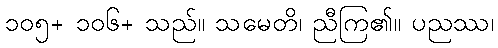
၁၀၅+ ၁၀၆+ သည်။ သမေတိ၊ ညီကြ၏။ ပညဿ၊